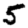
Digit: 5